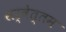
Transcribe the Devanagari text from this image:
सर्वेत्तम